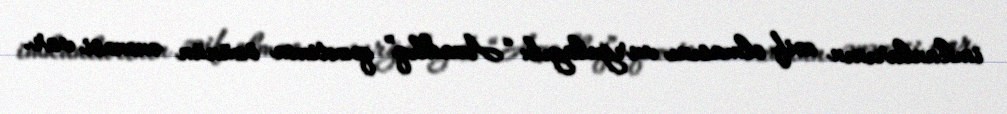
imkanlarının zəif olmasını vurğulayıb: “Azadlıq” qəzetinin özünün ənənəsi var.